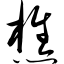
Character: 樵